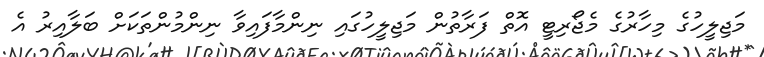
މަޖިލީހުގެ މިހާރުގެ މެޖޯރިޓީ އޮތް ފަރާތުން މަޖިލީހުގައި ނިންމާފައިވާ ނިންމުންތަކަށް ބަލާއިރު އެ